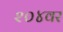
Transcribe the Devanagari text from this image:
२०४वर